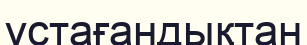
ұстағандықтан